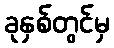
ခုနှစ်တွင်မှ